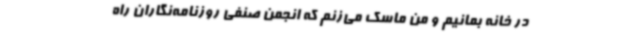
در خانه بمانیم و من ماسک می‌زنم که انجمن صنفی روزنامه‌نگاران راه‌